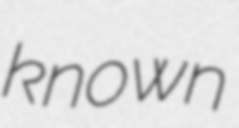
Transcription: known